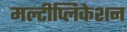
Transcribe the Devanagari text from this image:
मल्टीप्लिकेशन